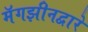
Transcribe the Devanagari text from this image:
मॅगझीनद्वारे